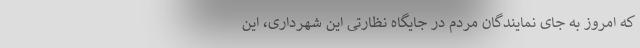
که امروز به جای نمایندگان مردم در جایگاه نظارتی این شهرداری، این